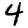
Digit: 4